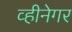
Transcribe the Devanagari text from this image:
व्हीनेगर